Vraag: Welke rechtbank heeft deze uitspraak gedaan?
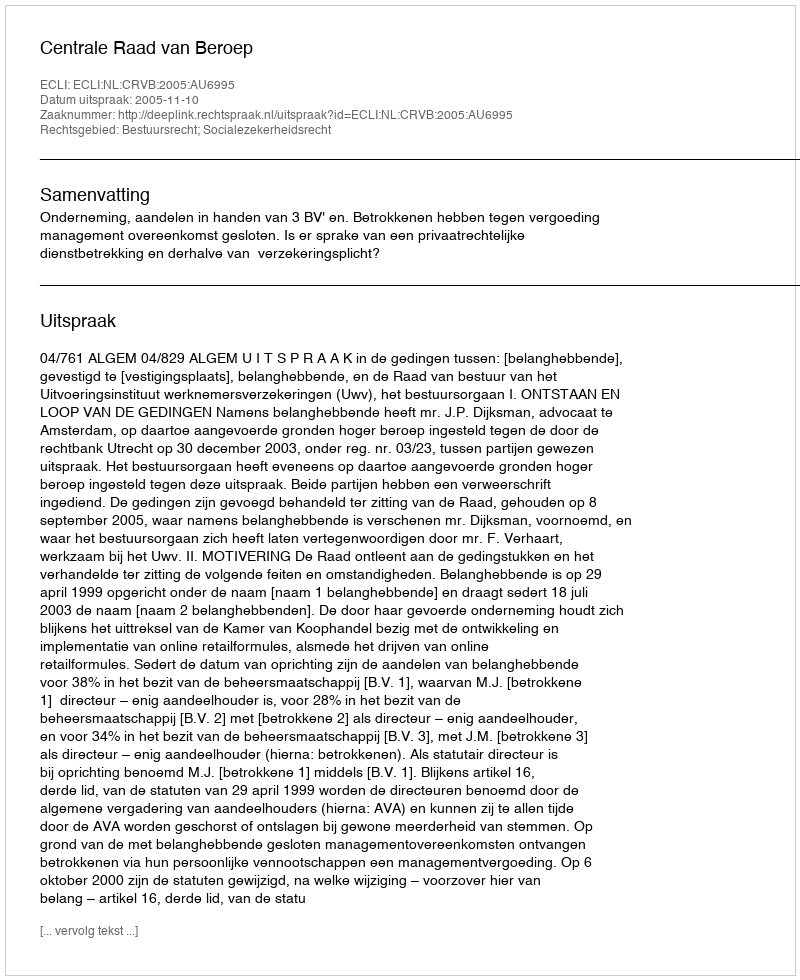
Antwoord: Centrale Raad van Beroep